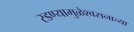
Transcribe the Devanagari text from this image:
रडण्यामुळेश्वसनाच्या